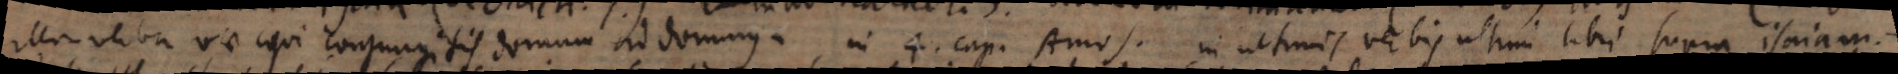
illa verba vae qui conjungitis domum ad domum, in 4. cap. Amos, in ultimis verbis ultimi libri supra Isaiam,